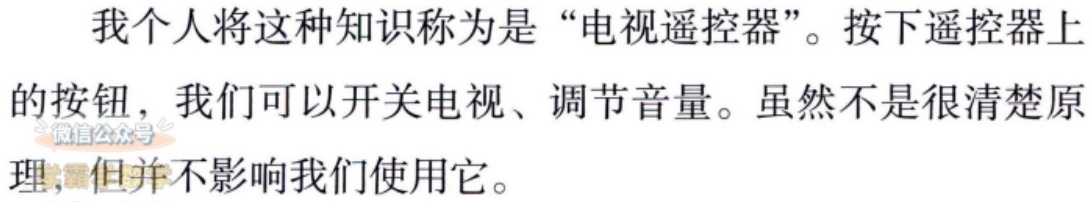
我个人将这种知识称为是“电视遥控器”。按下遥控器上的按钮，我们可以开关电视、调节音量。虽然不是很清楚原理，但并不影响我们使用它。